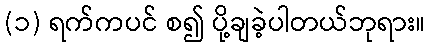
(၁) ရက်ကပင် စ၍ ပို့ချခဲ့ပါတယ်ဘုရား။